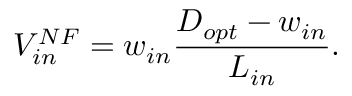
V _ { i n } ^ { N F } = w _ { i n } \frac { D _ { o p t } - w _ { i n } } { L _ { i n } } .